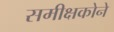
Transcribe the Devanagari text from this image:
समीक्षकोने